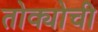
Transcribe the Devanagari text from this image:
तोक्योची